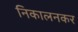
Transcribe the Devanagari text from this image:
निकालनकर